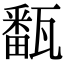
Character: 㽃